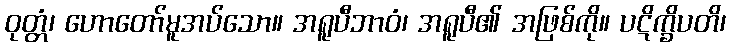
ဝုတ္တံ၊ ဟောတော်မူအပ်သော။ အရူပီဘာဝံ၊ အရူပီ၏ အဖြစ်ကို။ ပဋိက္ခိပတိ၊